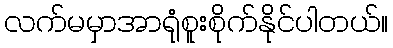
လက်မမှာအာရုံစူးစိုက်နိုင်ပါတယ်။